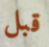
قبل